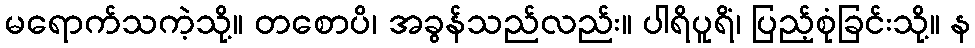
မရောက်သကဲ့သို့။ တစောပိ၊ အခွန်သည်လည်း။ ပါရိပူရိံ၊ ပြည့်စုံခြင်းသို့။ န